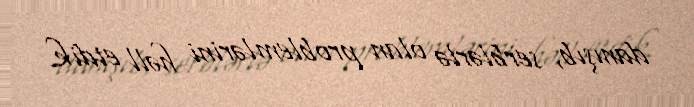
danışıb, serblərlə olan problemlərini həll etdik.